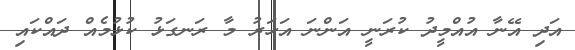
އަދި އޭނާ އުއްމީދު ކުރަނީ އަންނަ އަހަރު މާ ރަނގަޅު ކުޅުމެއް ދައްކައި